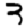
Digit: 3